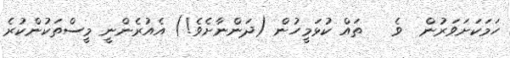
ހަމަކަށަވަރުން  ވެ   ތައް ކުޅަމީހުން (ދަންނާށެވެ!) އެއުރެންނީ މީސްތަކުންކުރެ